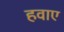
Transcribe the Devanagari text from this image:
हवाए